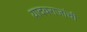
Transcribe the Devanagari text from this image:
यादवराजांची